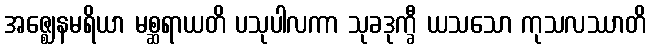
အဇ္ဈေနမရိယာ မစ္ဆရာယတိ ပသုပါလကာ သုခဒုက္ခီ ယသသော ကုသလဿာတိ